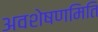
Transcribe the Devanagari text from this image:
अवशेषणमिति